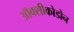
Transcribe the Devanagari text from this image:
ऑक्सीकोडोन